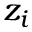
z _ { i }